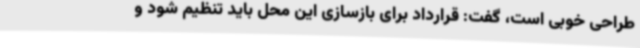
طراحی خوبی است، گفت: قرارداد برای بازسازی این محل باید تنظیم شود و